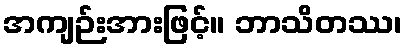
အကျဉ်းအားဖြင့်။ ဘာသိတဿ၊